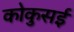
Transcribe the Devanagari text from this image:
कोकुसई